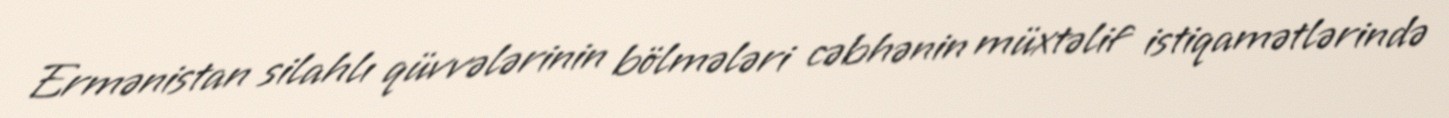
Ermənistan silahlı qüvvələrinin bölmələri cəbhənin müxtəlif istiqamətlərində